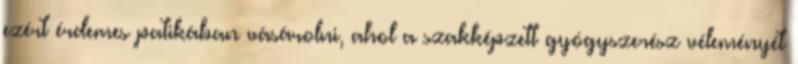
ezért érdemes patikában vásárolni, ahol a szakképzett gyógyszerész véleményét